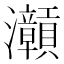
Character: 𱪝